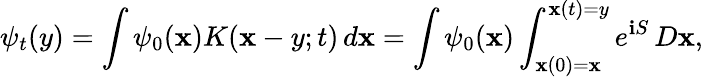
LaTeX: \psi_{t}(y)=\int\psi_{0}(\mathbf{x})K(\mathbf{x}-y;t)\, d\mathbf{x}=\int\psi_{0}(\mathbf{x})\int_{\mathbf{x}(0)=\mathbf{x}}^{\mathbf{x}(t)=y}e^{\mathbf{i}S}\, D\mathbf{x},